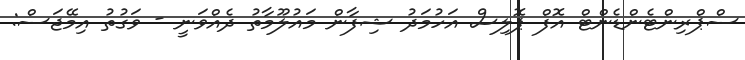
ސްޕްރިންޓެންޑެންޓް އޮފް ޕޮލިސް އަހުމަދު ޝިފާން މައުލޫމާތު ދެއްވަނީ - ވަގުތު އިމޭޖަސް: